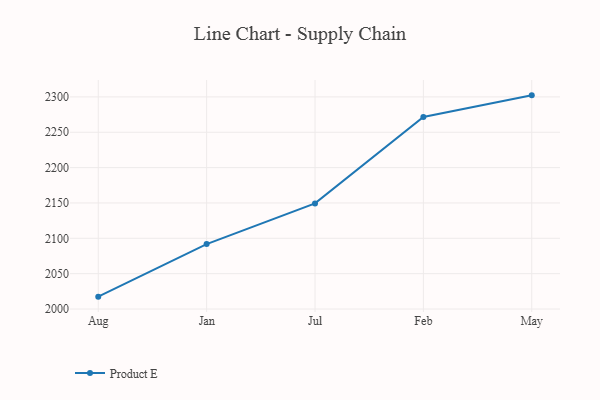
{"axis": {"x": "Month", "y": "Production Output"}, "legend": ["Product E"], "data": [{"x": "Aug", "y": 2017.5, "type": "Product E"}, {"x": "Jan", "y": 2091.8, "type": "Product E"}, {"x": "Jul", "y": 2149.4, "type": "Product E"}, {"x": "Feb", "y": 2271.7, "type": "Product E"}, {"x": "May", "y": 2302.2, "type": "Product E"}]}